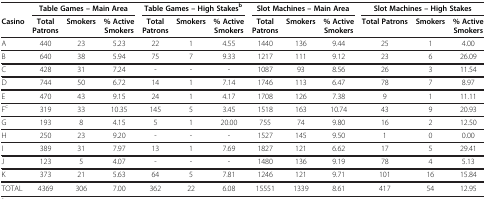
<table><thead><tr><td><b> </b></td><td colspan="3"><b>Table Games – Main Area</b></td><td colspan="3"><b>Table Games – High Stakes<sup>b</sup></b></td><td colspan="3"><b>Slot Machines – Main Area</b></td><td colspan="3"><b>Slot Machines – High Stakes</b></td></tr><tr><td><b>Casino</b></td><td><b>Total Patrons</b></td><td><b>Smokers</b></td><td><b>% Active Smokers</b></td><td><b>Total Patrons</b></td><td><b>Smokers</b></td><td><b>% Active Smokers</b></td><td><b>Total Patrons</b></td><td><b>Smokers</b></td><td><b>% Active Smokers</b></td><td><b>Total Patrons</b></td><td><b>Smokers</b></td><td><b>% Active Smokers</b></td></tr></thead><tbody><tr><td>A</td><td>440</td><td>23</td><td>5.23</td><td>22</td><td>1</td><td>4.55</td><td>1440</td><td>136</td><td>9.44</td><td>25</td><td>1</td><td>4.00</td></tr><tr><td>B</td><td>640</td><td>38</td><td>5.94</td><td>75</td><td>7</td><td>9.33</td><td>1217</td><td>111</td><td>9.12</td><td>23</td><td>6</td><td>26.09</td></tr><tr><td>C</td><td>428</td><td>31</td><td>7.24</td><td>-</td><td>-</td><td>-</td><td>1087</td><td>93</td><td>8.56</td><td>26</td><td>3</td><td>11.54</td></tr><tr><td>D</td><td>744</td><td>50</td><td>6.72</td><td>14</td><td>1</td><td>7.14</td><td>1746</td><td>113</td><td>6.47</td><td>78</td><td>7</td><td>8.97</td></tr><tr><td>E</td><td>470</td><td>43</td><td>9.15</td><td>24</td><td>1</td><td>4.17</td><td>1708</td><td>126</td><td>7.38</td><td>9</td><td>1</td><td>11.11</td></tr><tr><td>F<sup>c</sup></td><td>319</td><td>33</td><td>10.35</td><td>145</td><td>5</td><td>3.45</td><td>1518</td><td>163</td><td>10.74</td><td>43</td><td>9</td><td>20.93</td></tr><tr><td>G</td><td>193</td><td>8</td><td>4.15</td><td>5</td><td>1</td><td>20.00</td><td>755</td><td>74</td><td>9.80</td><td>16</td><td>2</td><td>12.50</td></tr><tr><td>H</td><td>250</td><td>23</td><td>9.20</td><td>-</td><td>-</td><td>-</td><td>1527</td><td>145</td><td>9.50</td><td>1</td><td>0</td><td>0.00</td></tr><tr><td>I</td><td>389</td><td>31</td><td>7.97</td><td>13</td><td>1</td><td>7.69</td><td>1827</td><td>121</td><td>6.62</td><td>17</td><td>5</td><td>29.41</td></tr><tr><td>J</td><td>123</td><td>5</td><td>4.07</td><td>-</td><td>-</td><td>-</td><td>1480</td><td>136</td><td>9.19</td><td>78</td><td>4</td><td>5.13</td></tr><tr><td>K</td><td>373</td><td>21</td><td>5.63</td><td>64</td><td>5</td><td>7.81</td><td>1246</td><td>121</td><td>9.71</td><td>101</td><td>16</td><td>15.84</td></tr><tr><td>TOTAL</td><td>4369</td><td>306</td><td>7.00</td><td>362</td><td>22</td><td>6.08</td><td>15551</td><td>1339</td><td>8.61</td><td>417</td><td>54</td><td>12.95</td></tr></tbody></table>